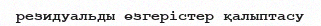
резидуальды өзгерістер қалыптасу